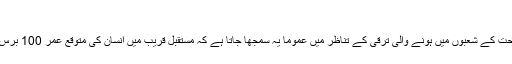
15 اکتوبر 2018
سائنس، طب اور صحت کے شعبوں میں ہونے والی ترقی کے تناظر میں عموماً یہ سمجھا جاتا ہے کہ مستقبل قریب میں انسان کی متوقع عمر 100 برس سے بڑھ جائے گی۔